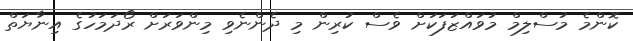
ކޮންމެ މުސްލިމް މުވައްޒަފަކަށް ވެސް ކުރިން މި ދެންނެވި މިންވަރަށް ރޯދަމަހުގެ އިނާޔަތް